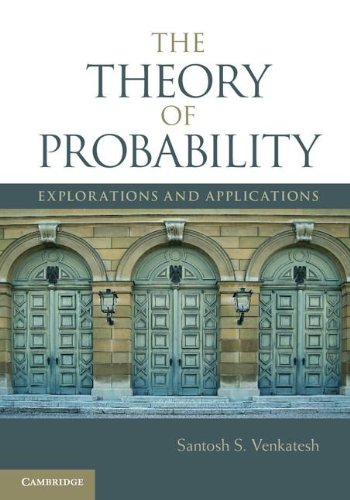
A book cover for The Theory of Probability: Explorations and Applications; Professor Santosh S. Venkatesh; Science & Math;